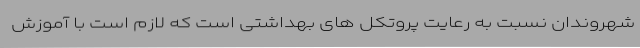
شهروندان نسبت به رعایت پروتکل های بهداشتی است که لازم است با آموزش